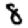
Digit: 8